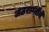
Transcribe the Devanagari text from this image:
जठराग्नीने